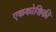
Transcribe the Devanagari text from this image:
एककोशिकी